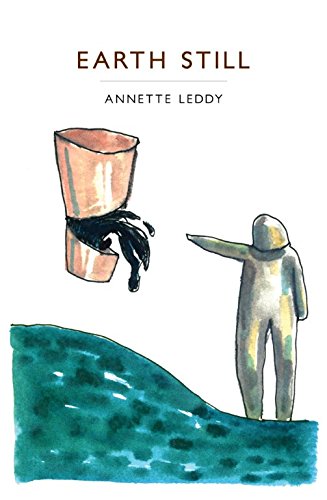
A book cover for Earth Still; Annette Leddy; Romance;